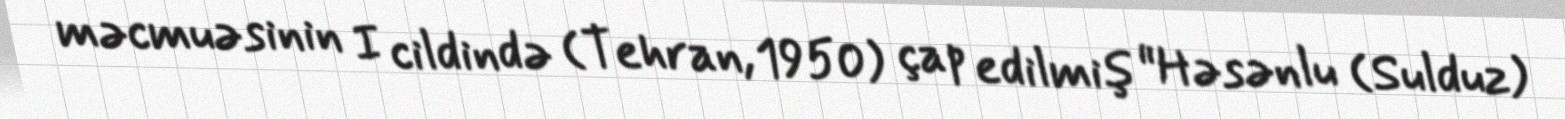
məcmuəsinin I cildində (Tehran, 1950) çap edilmiş "Həsənlu (Sulduz)